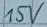
Text: 15V